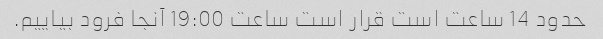
حدود 14 ساعت است قرار است ساعت 19:00 آنجا فرود بیاییم.